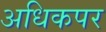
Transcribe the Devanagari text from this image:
अधिकपर